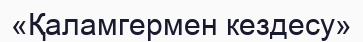
«Қаламгермен кездесу»